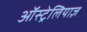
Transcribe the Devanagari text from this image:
ऑस्ट्रेलियाज़